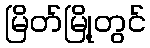
မြိတ်မြို့တွင်